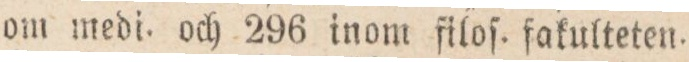
om medi. och 296 inom filoſ. fakulteten.